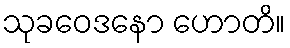
သုခဝေဒနော ဟောတိ။